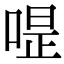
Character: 𠷚